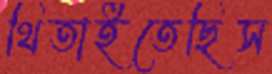
থিতাইতেছিস